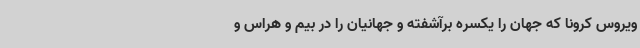
ویروس کرونا که جهان را یکسره برآشفته و جهانیان را در بیم و هراس و